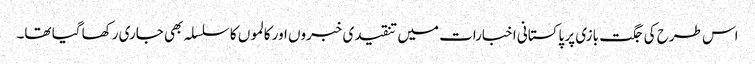
اس طرح کی جگت بازی پر پاکستانی اخبارات میں تنقیدی خبروں اور کالموں کا سلسلہ بھی جاری رکھا گیا تھا۔